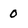
Character: 0